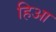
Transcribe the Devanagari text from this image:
हिआ